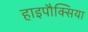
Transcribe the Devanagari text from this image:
हाइपौक्सिया